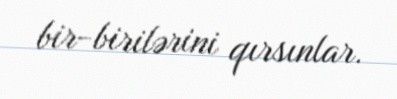
bir-birilərini qırsınlar.